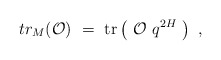
\begin{align*}tr_{M} ({\cal O}) ~=~\hbox{tr} \left(~{\cal O} ~ q^{2H} ~\right) \ ,\end{align*}